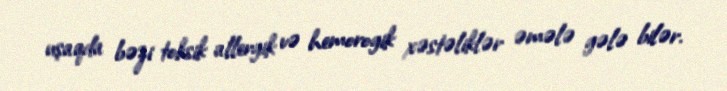
uşaqda bəzi toksik allergik və hemorogik xəstəliklər əmələ gələ bilər.